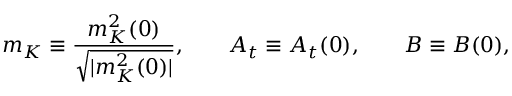
m _ { K } \equiv { \frac { m _ { K } ^ { 2 } ( 0 ) } { \sqrt { | m _ { K } ^ { 2 } ( 0 ) | } } } , \; \; \; \; \; \; \; A _ { t } \equiv A _ { t } ( 0 ) , \; \; \; \; \; \; \; B \equiv B ( 0 ) ,